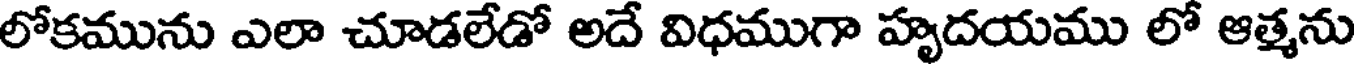
లోకమును ఎలా చూడలేడో అదే విధముగా హృదయము లో ఆత్మను